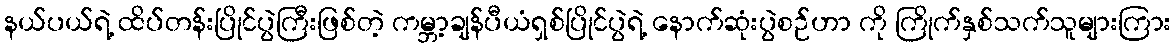
နယ်ပယ်ရဲ့ ထိပ်တန်းပြိုင်ပွဲကြီးဖြစ်တဲ့ ကမ္ဘာ့ချန်ပီယံရှစ်ပြိုင်ပွဲရဲ့ နောက်ဆုံးပွဲစဉ်ဟာ ကို ကြိုက်နှစ်သက်သူများကြား